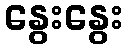
နွေးနွေး